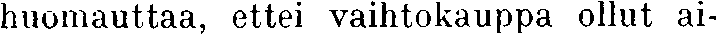
huomauttaa, ettei vaihtokauppa ollut ai-